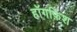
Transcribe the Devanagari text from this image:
हॉगफ़िश